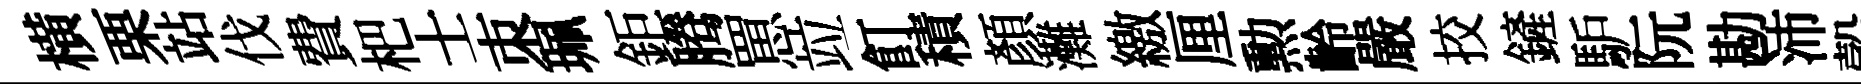
横栗站伐費杷士朿珮鉅腾罳竝飣積顏灘繳厘勲齡嚴挍鏟馿阮勘沛彀